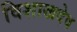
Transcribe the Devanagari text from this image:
विशाखदेव